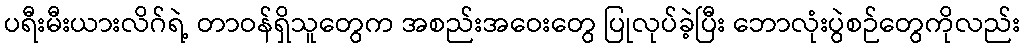
ပရီးမီးယားလိဂ်ရဲ့ တာဝန်ရှိသူတွေက အစည်းအဝေးတွေ ပြုလုပ်ခဲ့ပြီး ဘောလုံးပွဲစဉ်တွေကိုလည်း